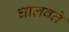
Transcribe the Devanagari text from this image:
घालवते